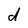
Character: d